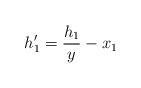
LaTeX: \begin{align*}h_1'=\frac{h_1}{y}-x_1\end{align*}